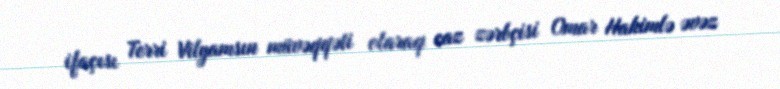
ifaçısı Terri Vilyamsın müvəqqəti olaraq caz zərbçisi Omar Hakimlə əvəz